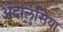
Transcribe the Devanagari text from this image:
अंदालुसिया